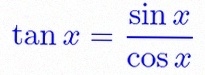
\tan x=\frac{\sin x}{\cos x}